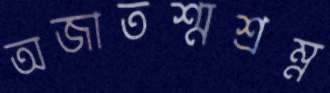
অজাতশ্মশ্রম্ন